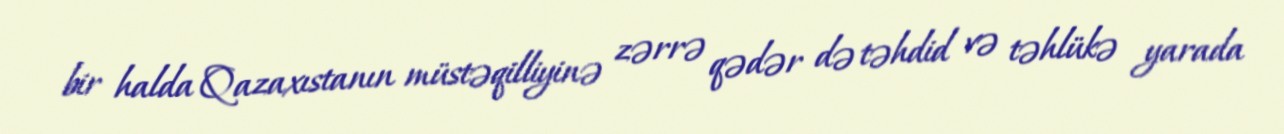
bir halda Qazaxıstanın müstəqilliyinə zərrə qədər də təhdid və təhlükə yarada